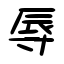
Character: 辱